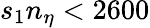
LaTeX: s_{1}n_{\eta}<2600